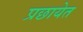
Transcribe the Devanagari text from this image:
प्रछायेत